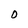
Character: 0